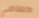
حمامي